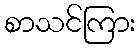
စာသင်ကြား